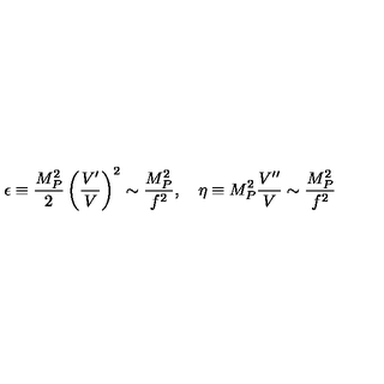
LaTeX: \epsilon \equiv \frac { M _ { P } ^ { 2 } } { 2 } \left( \frac { V ^ { \prime } } { V } \right) ^ { 2 } \sim \frac { M _ { P } ^ { 2 } } { f ^ { 2 } } , \quad \eta \equiv M _ { P } ^ { 2 } \frac { V ^ { \prime \prime } } { V } \sim \frac { M _ { P } ^ { 2 } } { f ^ { 2 } }